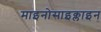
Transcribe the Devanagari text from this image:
माइनोसाइक्लाइन